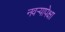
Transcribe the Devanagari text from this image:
नवऱ्यापेक्षा